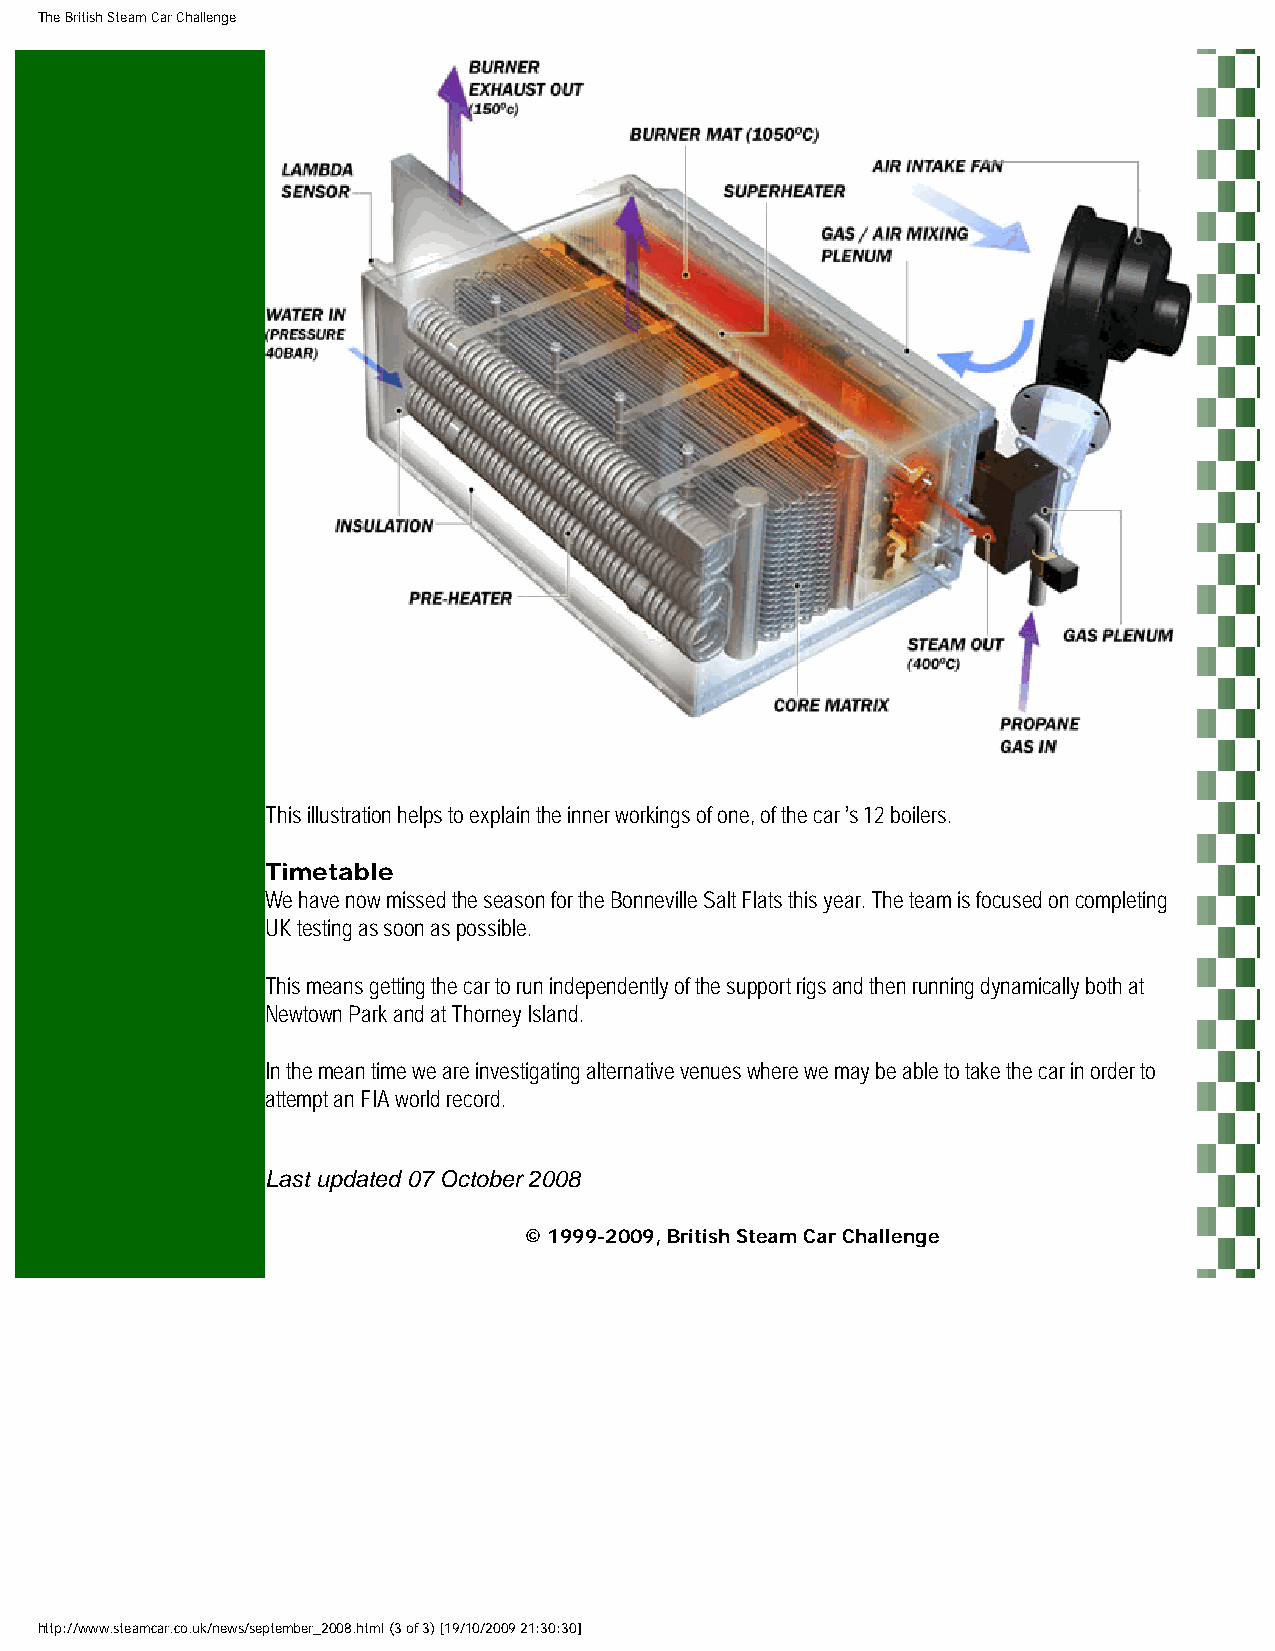
The British Steam Car Challenge
 This illustration helps to explain the inner workings of one, of the car ’s 12 boilers.
 Timetable
 We have now missed the season for the Bonneville Salt Flats this year. The team is focused on completing
 UK testing as soon as possible.
 This means getting the car to run independently of the support rigs and then running dynamically both at
 Newtown Park and at Thorney Island.
 In the mean time we are investigating alternative venues where we may be able to take the car in order to
 attempt an FIA world record.
 Last updated 07 October 2008
 © 1999-2009, British Steam Car Challenge
 http://www.steamcar.co.uk/news/september_2008.html (3 of 3) [19/10/2009 21:30:30]